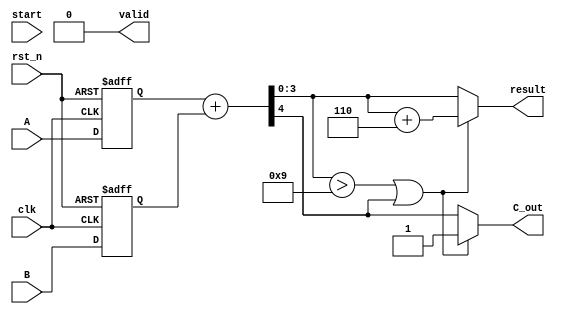
module BCD_Pipelined_Adder (
    input wire clk,
    input wire rst_n,
    input wire start,
    input wire [3:0] A,
    input wire [3:0] B,
    output reg [3:0] result,
    output reg C_out,
    output reg valid
);

// Intermediate signals
reg [3:0] sum;
reg C_out_intermediate;
reg [3:0] correct_sum;
reg valid_intermediate;

// Pipeline registers
reg [3:0] A_reg, B_reg;
reg [3:0] sum_reg;
reg C_out_reg;
reg valid_reg;

// State machine for control
reg [1:0] state, next_state;
localparam IDLE = 2'b00,
           ADD  = 2'b01,
           CORRECT = 2'b10,
           OUTPUT = 2'b11;

// BCD correction constant
parameter BCD_CORRECTION = 4'b0110;

// Sequential logic for pipelining
always @(posedge clk or negedge rst_n) begin
    if (!rst_n) begin
        A_reg <= 4'b0000;
        B_reg <= 4'b0000;
        sum_reg <= 4'b0000;
        C_out_reg <= 1'b0;
        valid_reg <= 1'b0;
    end else begin
        // Pipeline registers
        A_reg <= A;
        B_reg <= B;
        sum_reg <= sum;
        C_out_reg <= C_out_intermediate;
        valid_reg <= valid_intermediate;
    end
end

// Combinational logic for addition and correction
always @(*) begin
    // Default values
    sum = 4'b0000;
    C_out_intermediate = 1'b0;
    correct_sum = 4'b0000;
    valid_intermediate = 1'b0;

    // Addition stage
    {C_out_intermediate, sum} = A_reg + B_reg;

    // BCD correction logic
    if (sum > 4'b1001 || C_out_intermediate) begin
        correct_sum = sum + BCD_CORRECTION;
        C_out_intermediate = 1'b1; // Set carry out if correction is applied
    end else begin
        correct_sum = sum;
    end

    // Output stage
    result = correct_sum;
    C_out = C_out_intermediate;
    valid = valid_intermediate;
end

// State machine for control
always @(posedge clk or negedge rst_n) begin
    if (!rst_n) 
        state <= IDLE;
    else 
        state <= next_state;
end

always @(*) begin
    case (state)
        IDLE: begin
            if (start) 
                next_state = ADD;
            else 
                next_state = IDLE;
        end
        ADD: begin
            next_state = CORRECT;
        end
        CORRECT: begin
            next_state = OUTPUT;
        end
        OUTPUT: begin
            next_state = IDLE;
        end
        default: next_state = IDLE;
    endcase
end

endmodule